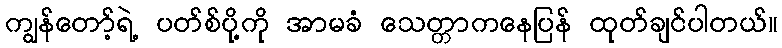
ကျွန်တော့်ရဲ့ ပတ်စ်ပို့ကို အာမခံ သေတ္တာကနေပြန် ထုတ်ချင်ပါတယ်။